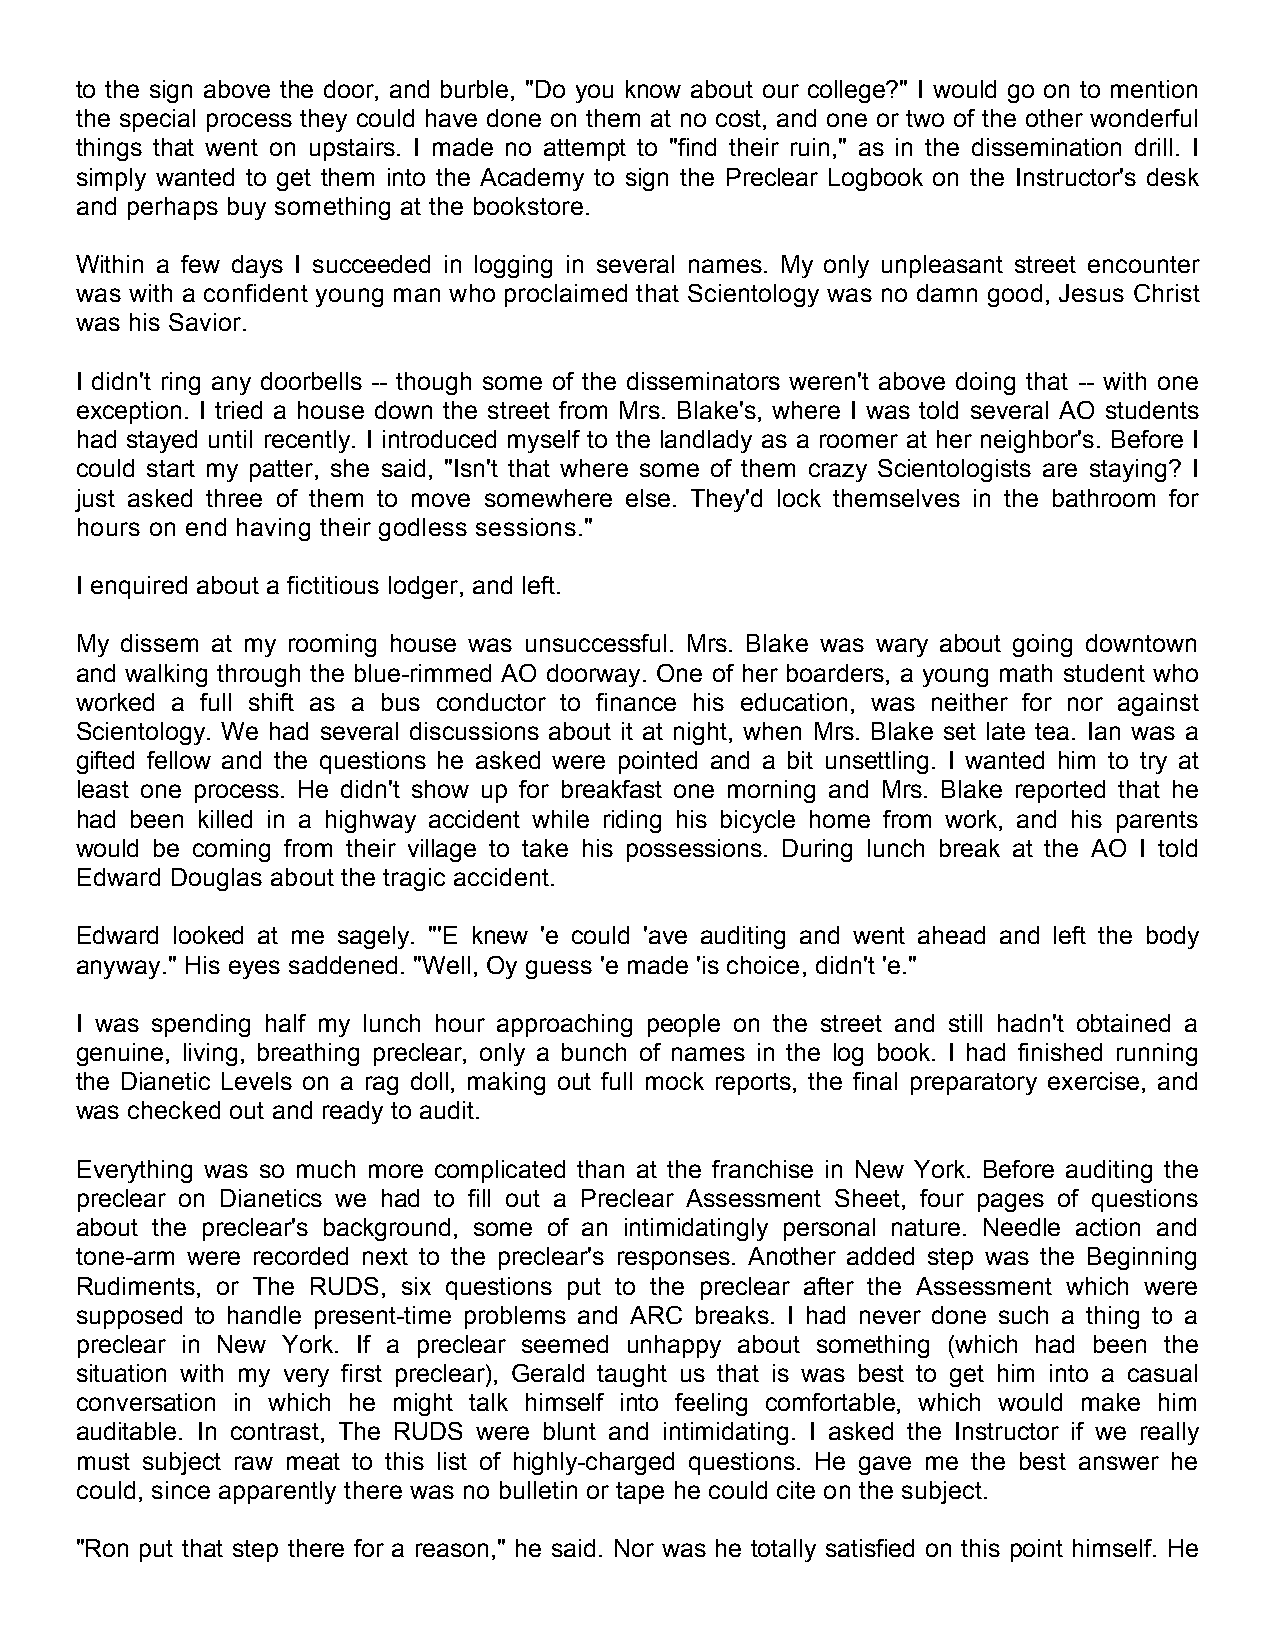
to the sign above the door, and burble, "Do you know about our college?" I would go on to mention
 the special process they could have done on them at no cost, and one or two of the other wonderful
 things that went on upstairs. I made no attempt to "find their ruin," as in the dissemination drill. I
 simply wanted to get them into the Academy to sign the Preclear Logbook on the Instructor's desk
 and perhaps buy something at the bookstore.
 Within a few days I succeeded in logging in several names. My only unpleasant street encounter
 was with a confident young man who proclaimed that Scientology was no damn good, Jesus Christ
 was his Savior.
 I didn't ring any doorbells -- though some of the disseminators weren't above doing that -- with one
 exception. I tried a house down the street from Mrs. Blake's, where I was told several AO students
 had stayed until recently. I introduced myself to the landlady as a roomer at her neighbor's. Before I
 could start my patter, she said, "Isn't that where some of them crazy Scientologists are staying? I
 just asked three of them to move somewhere else. They'd lock themselves in the bathroom for
 hours on end having their godless sessions."
 I enquired about a fictitious lodger, and left.
 My dissem at my rooming house was unsuccessful. Mrs. Blake was wary about going downtown
 and walking through the blue-rimmed AO doorway. One of her boarders, a young math student who
 worked a full shift as a bus conductor to finance his education, was neither for nor against
 Scientology. We had several discussions about it at night, when Mrs. Blake set late tea. Ian was a
 gifted fellow and the questions he asked were pointed and a bit unsettling. I wanted him to try at
 least one process. He didn't show up for breakfast one morning and Mrs. Blake reported that he
 had been killed in a highway accident while riding his bicycle home from work, and his parents
 would be coming from their village to take his possessions. During lunch break at the AO I told
 Edward Douglas about the tragic accident.
 Edward looked at me sagely. "'E knew 'e could 'ave auditing and went ahead and left the body
 anyway." His eyes saddened. "Well, Oy guess 'e made 'is choice, didn't 'e."
 I was spending half my lunch hour approaching people on the street and still hadn't obtained a
 genuine, living, breathing preclear, only a bunch of names in the log book. I had finished running
 the Dianetic Levels on a rag doll, making out full mock reports, the final preparatory exercise, and
 was checked out and ready to audit.
 Everything was so much more complicated than at the franchise in New York. Before auditing the
 preclear on Dianetics we had to fill out a Preclear Assessment Sheet, four pages of questions
 about the preclear's background, some of an intimidatingly personal nature. Needle action and
 tone-arm were recorded next to the preclear's responses. Another added step was the Beginning
 Rudiments, or The RUDS, six questions put to the preclear after the Assessment which were
 supposed to handle present-time problems and ARC breaks. I had never done such a thing to a
 preclear in New York. If a preclear seemed unhappy about something (which had been the
 situation with my very first preclear), Gerald taught us that is was best to get him into a casual
 conversation in which he might talk himself into feeling comfortable, which would make him
 auditable. In contrast, The RUDS were blunt and intimidating. I asked the Instructor if we really
 must subject raw meat to this list of highly-charged questions. He gave me the best answer he
 could, since apparently there was no bulletin or tape he could cite on the subject.
 "Ron put that step there for a reason," he said. Nor was he totally satisfied on this point himself. He